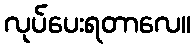
လုပ်ပေးရတာလေ။